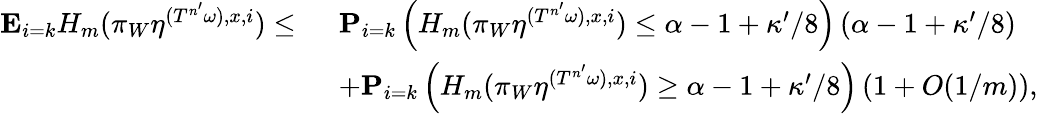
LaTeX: \begin{array}{rl}{\mathbf E_{i=k}H_{m}(\pi_{W}\eta^{({T^{n^{\prime}}\omega}),x,i})\leq\ }&{\mathbf P_{i=k}\left(H_{m}(\pi_{W}\eta^{({T^{n^{\prime}}\omega}),x,i})\leq\alpha-1+\kappa^{\prime}/8\right)\left(\alpha-1+\kappa^{\prime}/8\right)}\\ &{+\mathbf P_{i=k}\left(H_{m}(\pi_{W}\eta^{({T^{n^{\prime}}\omega}),x,i})\geq\alpha-1+\kappa^{\prime}/8\right)\left(1+O(1/m)\right),}\end{array}